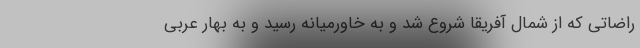
راضاتی که از شمال آفریقا شروع شد و به خاورمیانه رسید و به بهار عربی